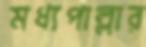
মধ্যপাল্লার